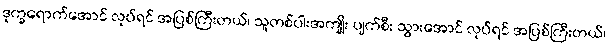
ဒုက္ခရောက်အောင် လုပ်ရင် အပြစ်ကြီးတယ်၊ သူတစ်ပါးအကျိုး ပျက်စီး သွားအောင် လုပ်ရင် အပြစ်ကြီးတယ်၊